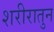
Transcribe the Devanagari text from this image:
शरीरातुन